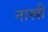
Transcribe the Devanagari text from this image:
नास्री